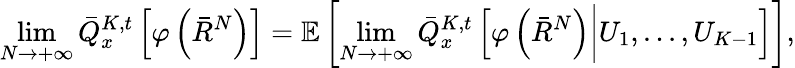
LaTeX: \operatorname*{lim}_{N\rightarrow+\infty}\bar{Q}_{x}^{K,t}\left[\varphi\left(\bar{R}^{N}\right)\right]=\mathbb{E}\left[\operatorname*{lim}_{N\rightarrow+\infty}\bar{Q}_{x}^{K,t}\left[\varphi\left(\bar{R}^{N}\right)\bigg|U_{1},...,U_{K-1}\right]\right],